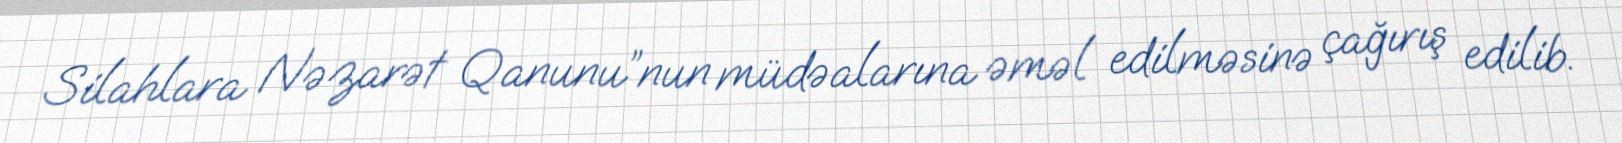
Silahlara Nəzarət Qanunu”nun müdəalarına əməl edilməsinə çağırış edilib.